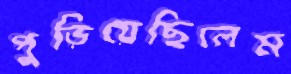
পুড়িয়েছিলেম